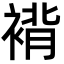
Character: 褙